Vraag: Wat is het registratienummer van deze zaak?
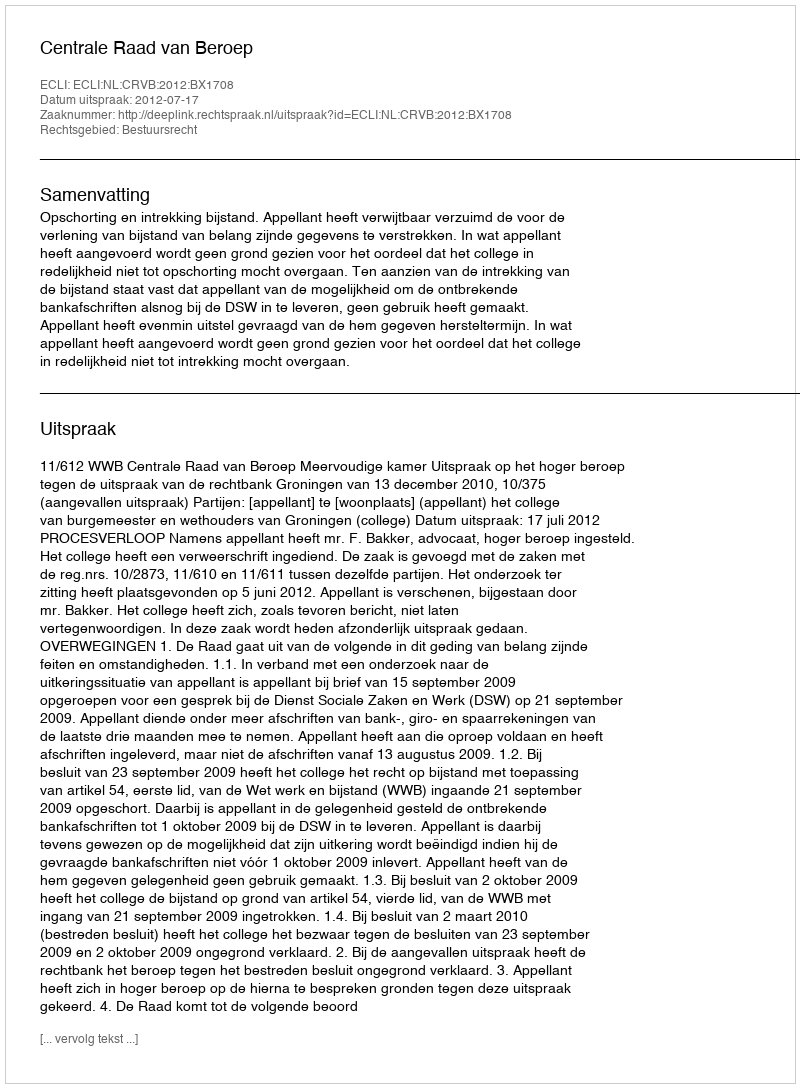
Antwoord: http://deeplink.rechtspraak.nl/uitspraak?id=ECLI:NL:CRVB:2012:BX1708